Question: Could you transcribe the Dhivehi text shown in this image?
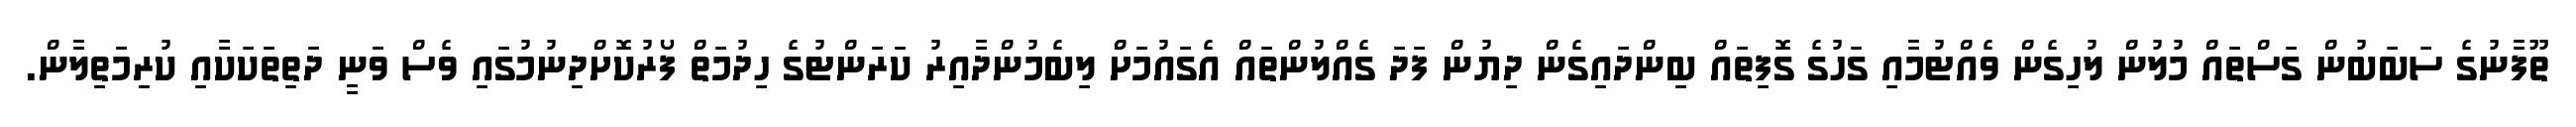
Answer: ތޫފާނުގެ ސަބަބުން ގަސްތައް މުލުން ލުހިގެން ވެއްޓުމާއި ގަހުގެ ގޮފިތައް ބިންދައިގެން ދިޔުން ފަދަ ގެއްލުންތައް އެގައުމަށް ލިބެމުންދާއިރު ކަރަންޓުގެ ހިދުމަތް ފޯރުކޮށްދިނުމުގައި ވެސް ވަނީ ދަތިތަކަކާއި ކުރިމަތިލާން.